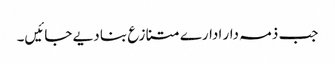
جب ذمہ دار ادارے متنازع بنا دیے جائیں۔